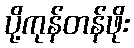
ပို့ကုန်တန်ဖိုး